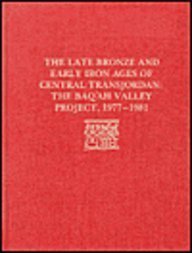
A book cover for The Late Bronze Age and Early Iron Ages of Central Transjordan: The Baq'ah Valley Project, 1977-1981 (University Museum Monograph); Patrick E. McGovern; History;